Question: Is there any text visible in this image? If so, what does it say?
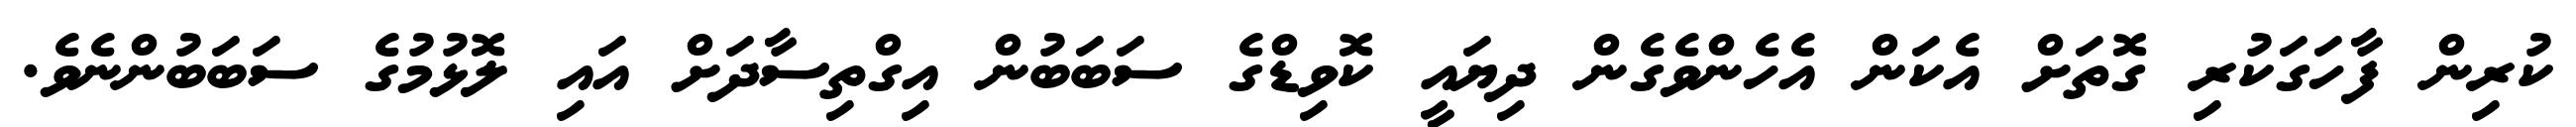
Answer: ކުރިން ފާހަގަކުރި ގޮތަށް އެކަން އެހެންވެގެން ދިޔައީ ކޮވިޑްގެ ސަބަބުން އިގްތިސާދަށް އައި ލޮޅުމުގެ ސަބަބުންނެވެ.